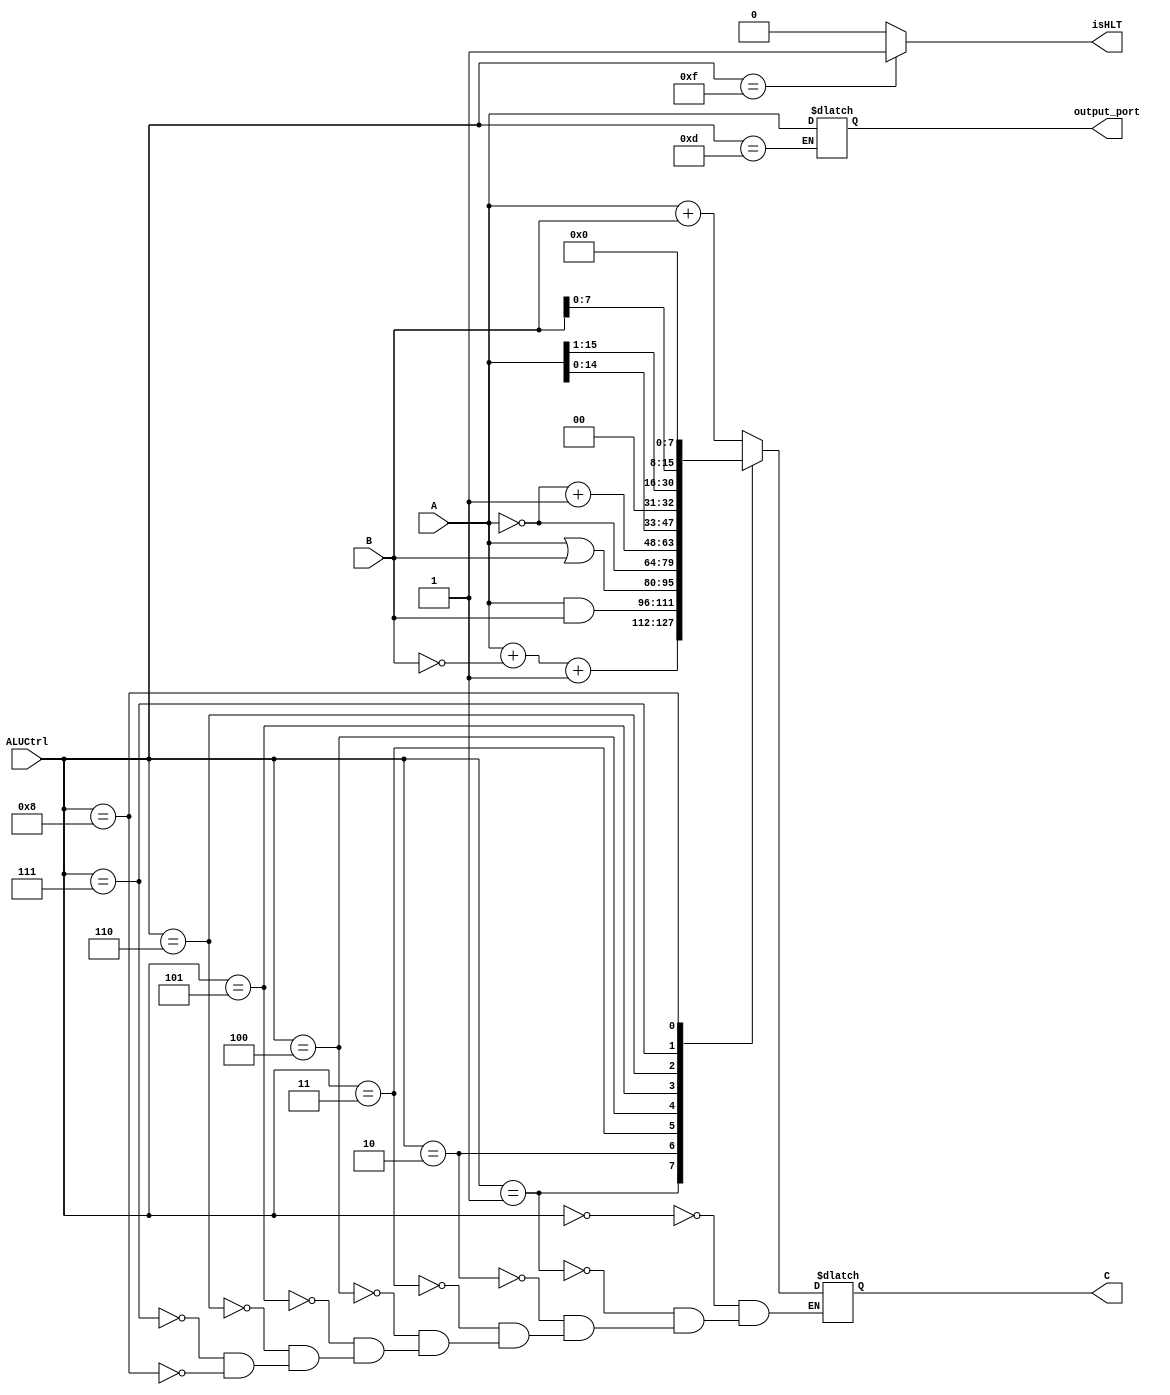

`define WORD_SIZE 16
module ALU(
    input [15:0] A,
    input [15:0] B,
    input wire [3:0] ALUCtrl,
    output reg [15:0] C,
    output reg [`WORD_SIZE-1:0] output_port,
    output reg isHLT
    );
    
    always @* begin
      isHLT=0;
      #10   // to avoid timing problem
      case(ALUCtrl)
          4'b0000: C = A + B;               // ADD or ADI or LWD or SWD
          4'b0001: begin                    // SUB
            C = A+~B+1;          
          end
          4'b0010: C = A & B;               // AND
          4'b0011: C = A | B;               // ORR or ORI
          4'b0100: C = ~A;                  // NOT
          4'b0101: C = ~A + 1;              // TCP
          4'b0110: C = A<<1;                // SHL
          4'b0111: C = A>>1;                // SHR
          4'b1000: C = {B,8'b00000000};     // LHI
          4'b1101: output_port = A;         // WWD
          4'b1111: isHLT=1;                 // HLT
      endcase
    end
    
endmodule